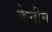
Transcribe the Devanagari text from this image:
केनीम